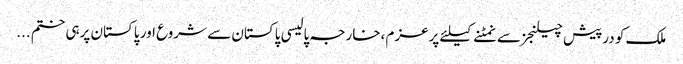
ملک کو درپیش چیلنجز سے نمٹنے کیلئے پرعزم ،خارجہ پالیسی پاکستان سے شروع اور پاکستان پرہی ختم ...